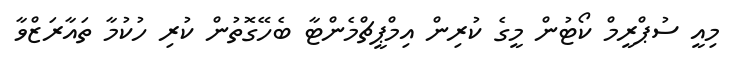
މިއީ ސުޕްރީމް ކޯޓުން މީގެ ކުރިން އިމްޕީޗްމެންޓާ ބެހޭގޮތުން ކުރި ހުކުމާ ތައާރަޒްވާ